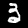
Digit: 3